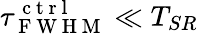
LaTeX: \tau_{\mathrm{~F~W~H~M~}}^{\mathrm{~c~t~r~l~}}\ll T_{SR}